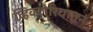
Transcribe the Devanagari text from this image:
व्हिक्टोरियातून